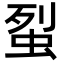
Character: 𧊿